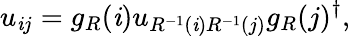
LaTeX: u_{\mathit{i}j}=g_{R}(\mathit{i})u_{R^{-1}(\mathit{i})R^{-1}(j)}g_{R}(j)^{\dagger},